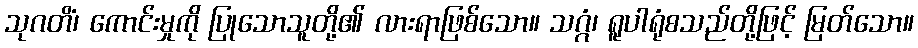
သုဂတိံ၊ ကောင်းမှုကို ပြုသောသူတို့၏ လားရာဖြစ်သော။ သဂ္ဂံ၊ ရူပါရုံစသည်တို့ဖြင့် မြတ်သော။